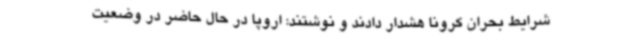
شرایط بحران کرونا هشدار دادند و نوشتند: اروپا در حال حاضر در وضعیت